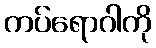
ကပ်ရောဂါကို